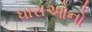
ધારાઓનો